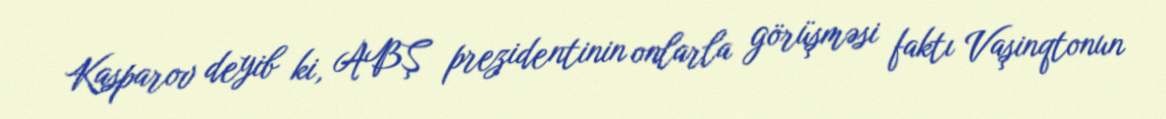
Kasparov deyib ki, ABŞ prezidentinin onlarla görüşməsi faktı Vaşinqtonun